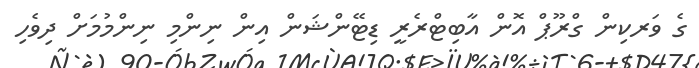
ގެ ވަރކިން ގްރޫޕް އޮން އާބިޓްރެރީ ޑިޓޭންޝަން އިން ނިންމި ނިންމުމަށް ދިވެހި